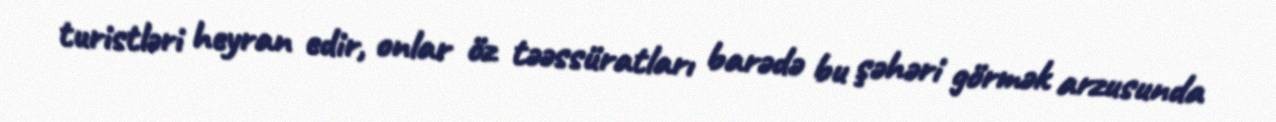
turistləri heyran edir, onlar öz təəssüratları barədə bu şəhəri görmək arzusunda